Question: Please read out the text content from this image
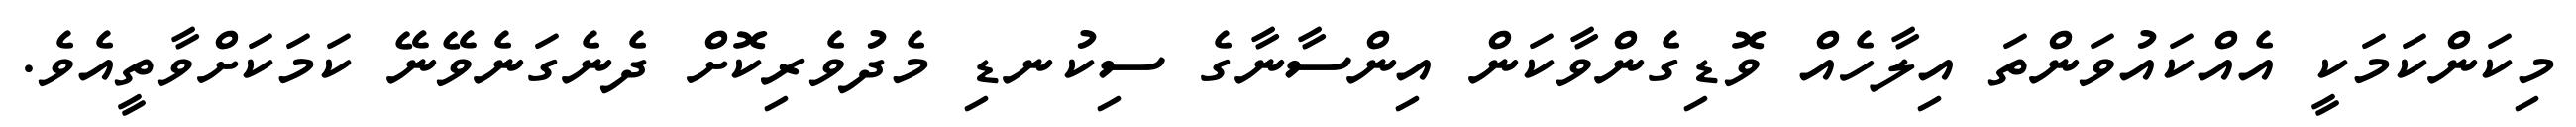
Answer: މިކަންކަމަކީ އެއްކައުވަންތަ އިލާހެއް ވޮޑިގެންވާކަން އިންސާނާގެ ސިކުނޑި މެދުވެރިކޮށް ދެނެގަނެވޭނޭ ކަމަކަށްވާތީއެވެ.